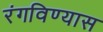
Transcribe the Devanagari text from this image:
रंगविण्यास